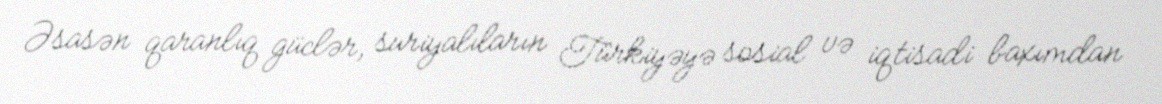
Əsasən qaranlıq güclər, suriyalıların Türkiyəyə sosial və iqtisadi baxımdan